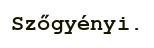
Szőgyényi.